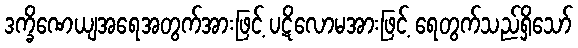
ဒက္ခိဏေယျအရေအတွက်အားဖြင့် ပဋိလောမအားဖြင့် ရေတွက်သည်ရှိသော်